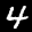
Label: 4